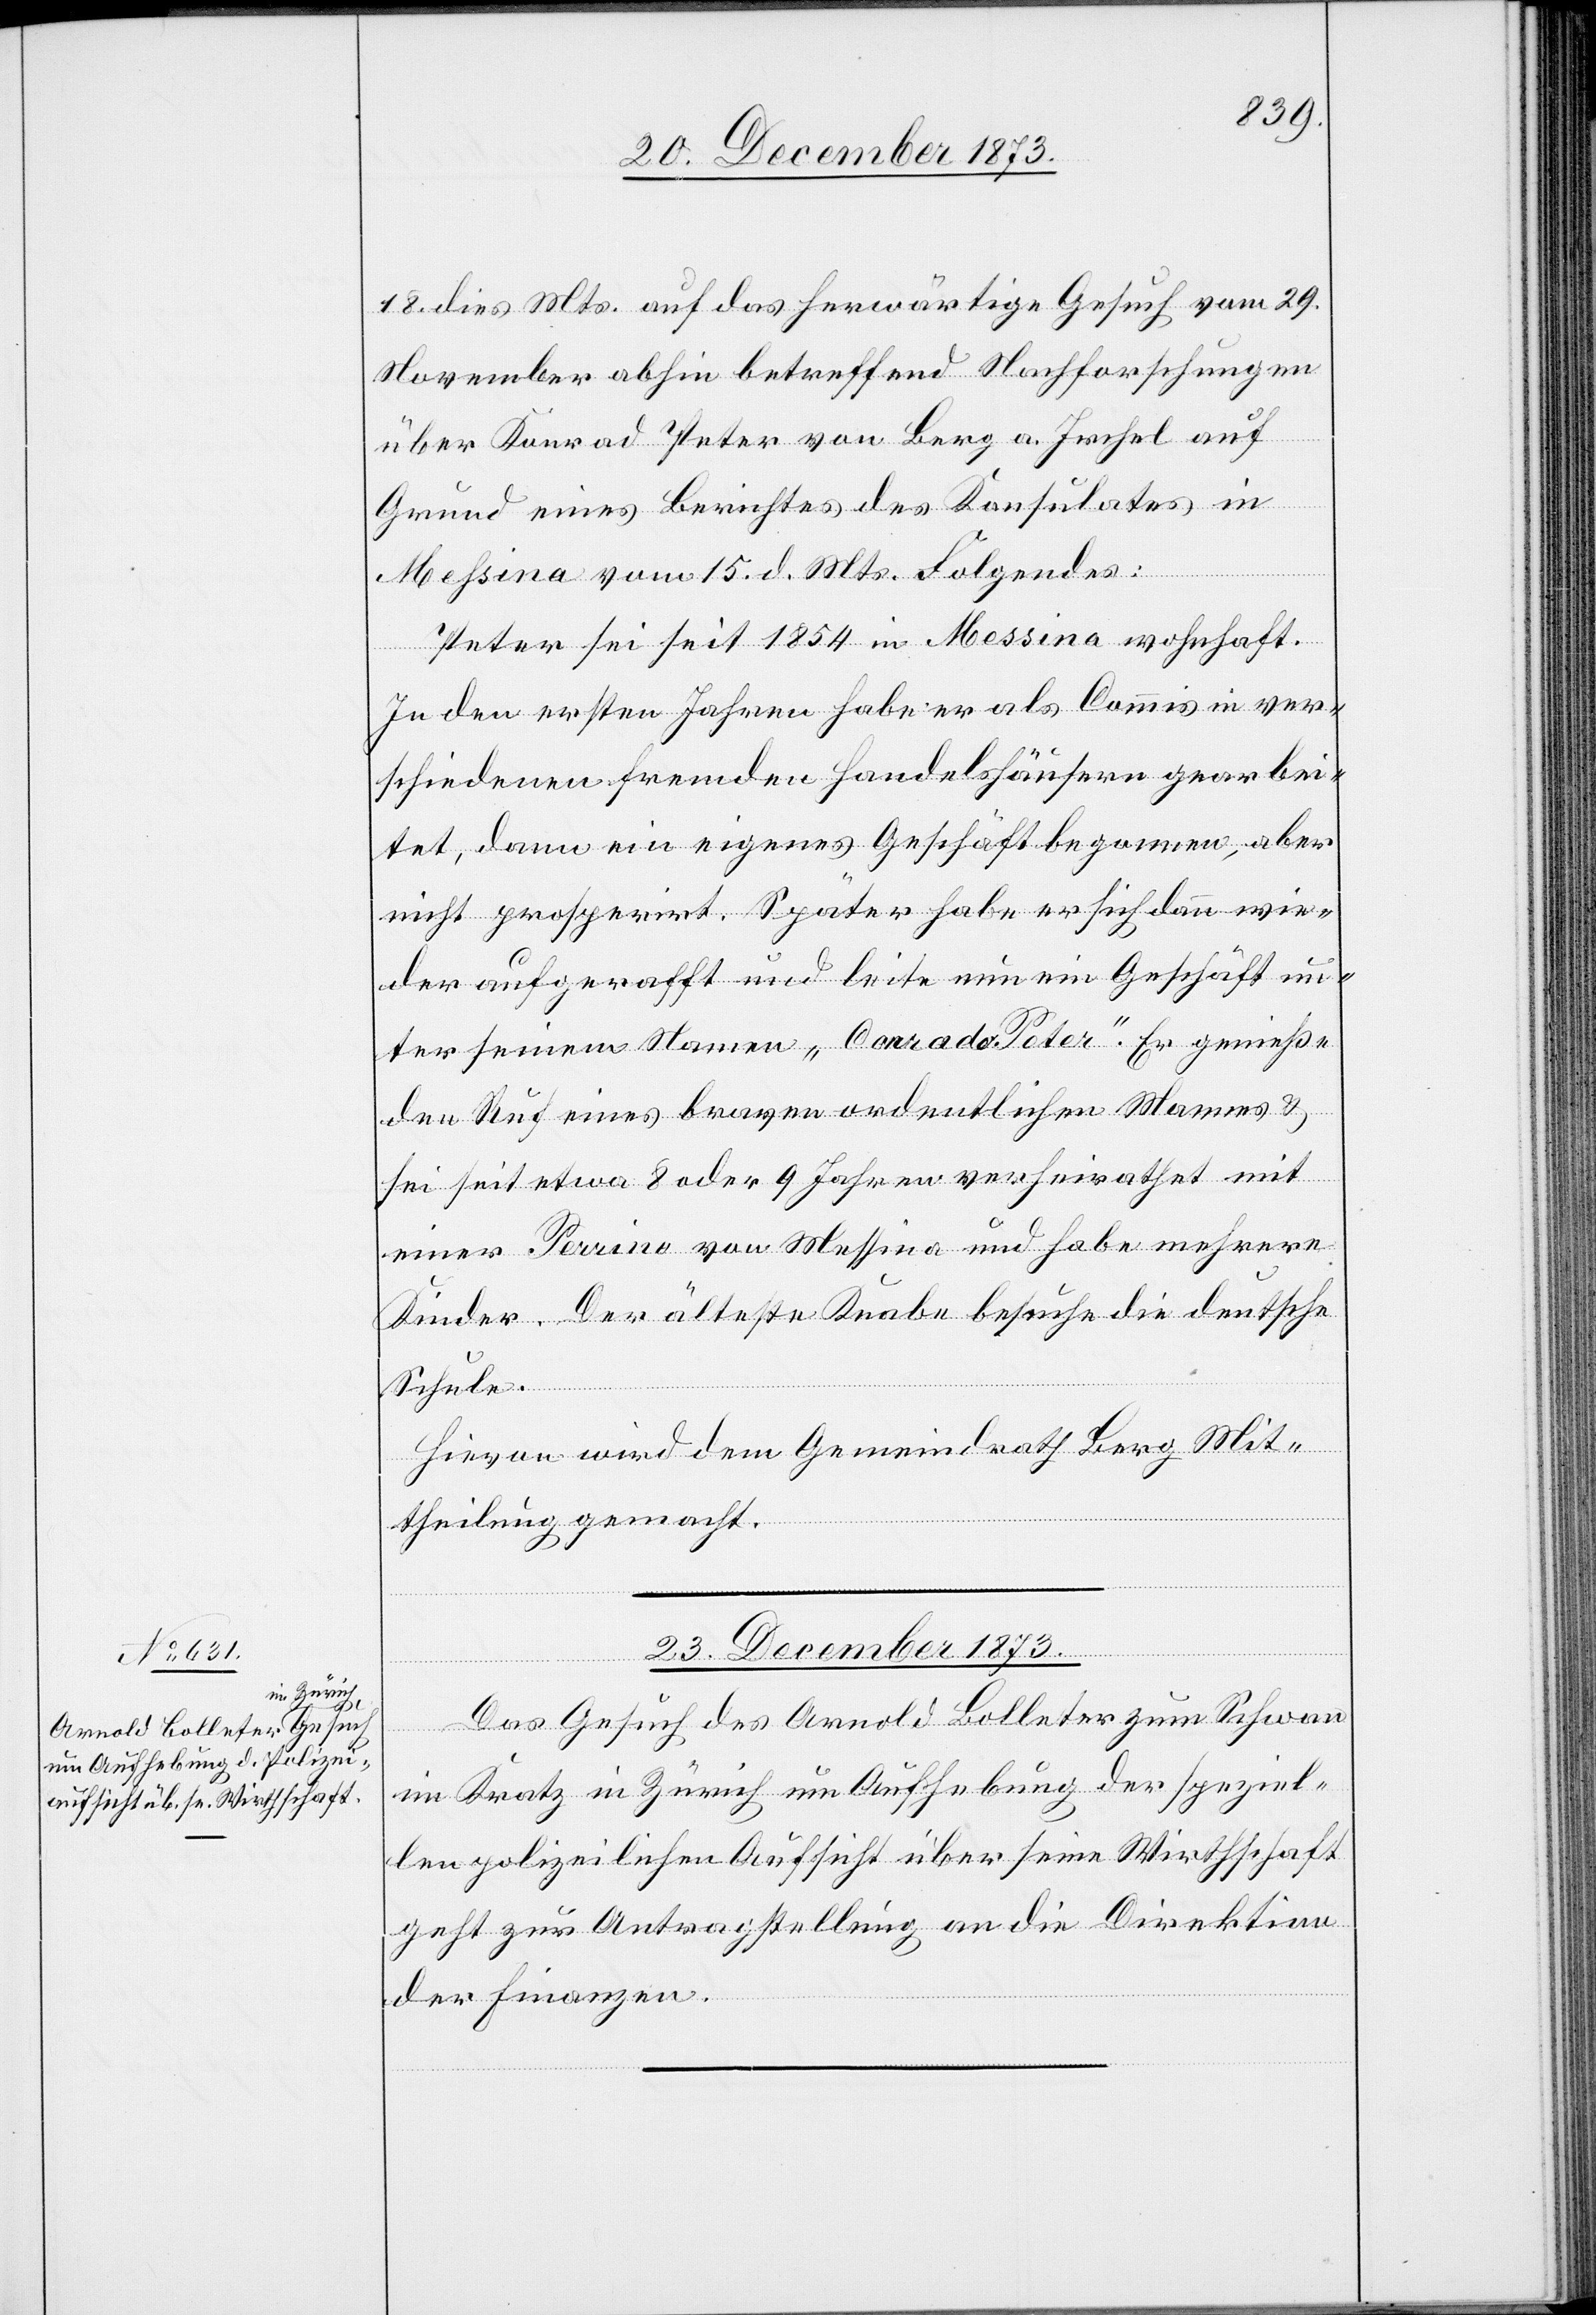
18. dies Mts. auf das herwärtige Gesuch vom 29.
November abhin betreffend Nachforschungen
über Konrad Peter von Berg a. Irchel auf
Grund eines Berichtes des Konsulates in
[sic!] vom 15. d. Mts. Folgendes:
Peter sei seit 1854 in Messina wohnhaft.
In den ersten Jahren habe er als Commis in ver¬
schiedenen fremden Handelshäusern gearbei¬
tet, dann ein eigenes Geschäft begonnen, aber
nicht prosperirt. Später habe er sich dann wie¬
der aufgerafft und leite nun ein Geschäft un¬
ter seinem Namen „Conrado Peter“. Er genieße
den Ruf eines braven ordentlichen Mannes &
sei seit etwa 8 oder 9 Jahren verheirathet mit
einer Perrino von Messina und habe mehrere
Kinder. Der älteste Knabe besuche die deutsche
Schule.
Hievon wird dem Gemeindrath Berg Mit¬
theilung gemacht.
23. December 1873.
Das Gesuch des Arnold Bolleter zum Schwan
im Kratz in Zürich um Aufhebung der speziel¬
len polizeilichen Aufsicht über seine Wirthschaft
geht zur Antragstellung an die Direktion
der Finanzen.